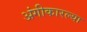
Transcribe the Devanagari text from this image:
अंगीकारल्या